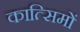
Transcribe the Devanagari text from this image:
कात्सिमों